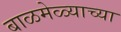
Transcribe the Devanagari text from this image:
बाळमेळ्याच्या